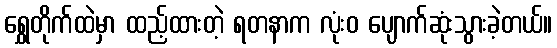
ရွှေတိုက်ထဲမှာ ထည့်ထားတဲ့ ရတနာက လုံးဝ ပျောက်ဆုံးသွားခဲ့တယ်။